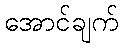
အောင်ချက်